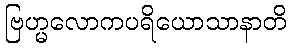
ဗြဟ္မလောကပရိယောသာနာတိ